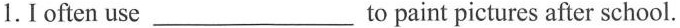
5. 1.Ioften use___to paint pictures after school.